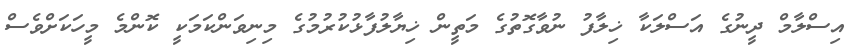
އިސްލާމް ދީނުގެ އަސްލަކާ ޚިލާފު ނުވާގޮތުގެ މަތީން ޚިޔާލުފާޅުކުރުމުގެ މިނިވަންކަމަކީ ކޮންމެ މީހަކަށްވެސް